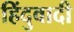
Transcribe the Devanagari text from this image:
हिंदुवादी